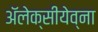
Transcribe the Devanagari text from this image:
ॲलेक्सीयेव्ना